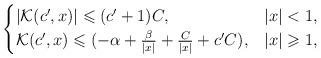
LaTeX: \begin{align*}\begin{cases}|\mathcal{K}(c',x)|\leqslant (c'+1)C, & |x|<1,\\ \mathcal{K}(c',x)\leqslant (-\alpha+\frac{\beta}{|x|}+\frac{C}{|x|}+c'C), &|x|\geqslant1,\end{cases}\end{align*}